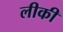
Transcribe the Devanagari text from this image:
लीकी